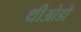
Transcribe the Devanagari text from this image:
थीओडो